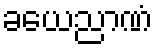
ခယေညာဏံ